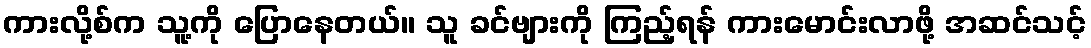
ကားလို့စ်က သူ့ကို ပြောနေတယ်။ သူ ခင်ဗျားကို ကြည့်ရန် ကားမောင်းလာဖို့ အဆင်သင့်